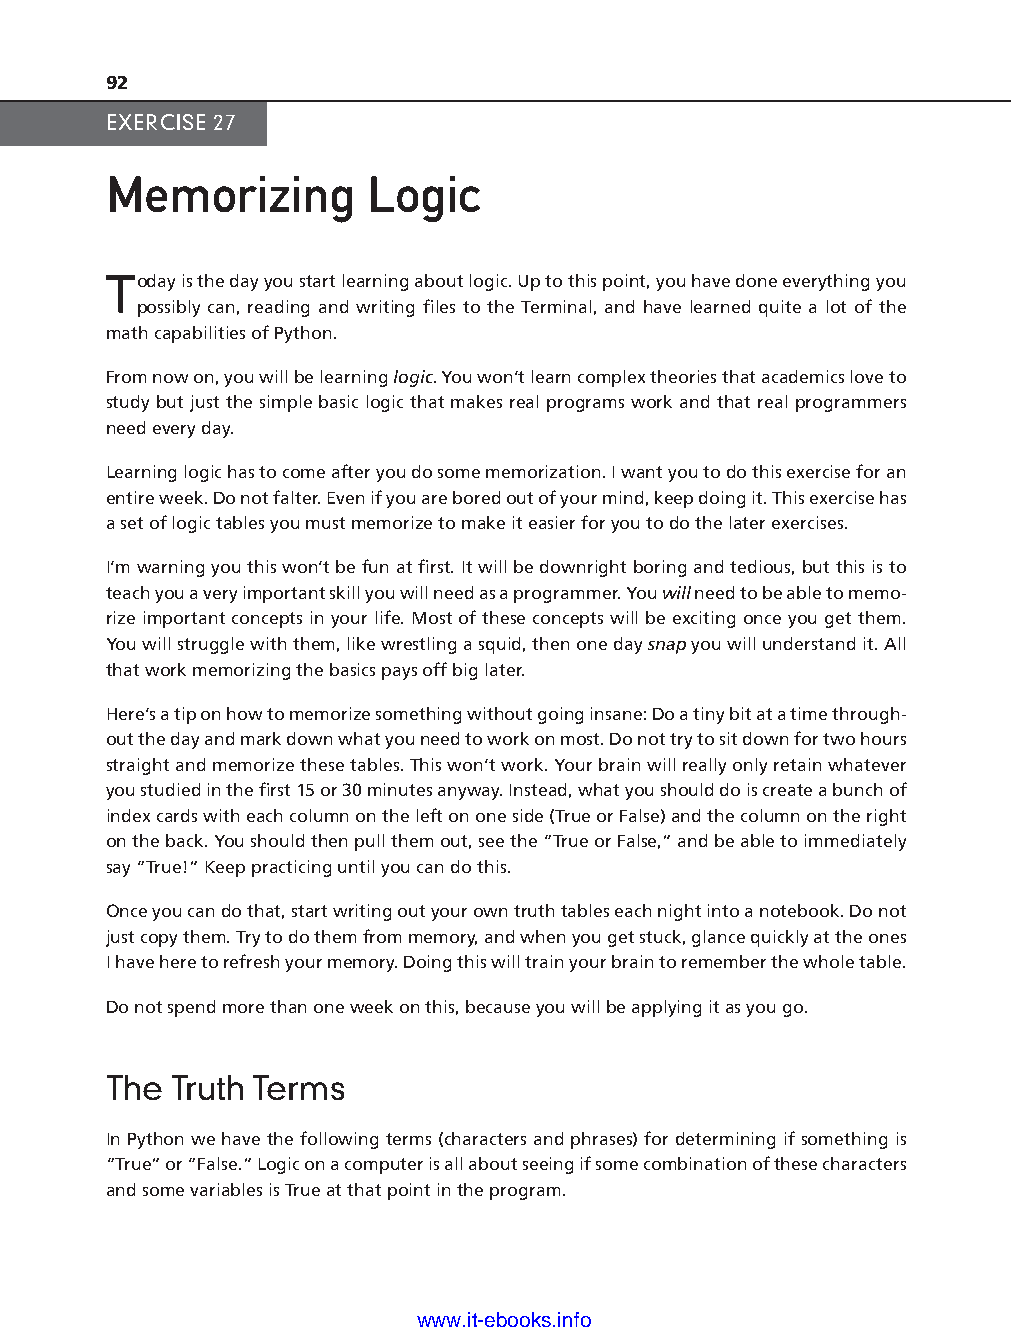
92
 EXERCISE 27
 Memorizing       Logic
 Today is the day you start learning about logic. Up to this point, you have done everything you
 possibly can, reading and writing fi les to the Terminal, and have learned quite a lot of the
 math capabilities of Python.
 From now on, you will be learning logic. You won’t learn complex theories that academics love to
 study but just the simple basic logic that makes real programs work and that real programmers
 need every day.
 Learning logic has to come after you do some memorization. I want you to do this exercise for an
 entire week. Do not falter. Even if you are bored out of your mind, keep doing it. This exercise has
 a set of logic tables you must memorize to make it easier for you to do the later exercises.
 I’m warning you this won’t be fun at fi rst. It will be downright boring and tedious, but this is to
 teach you a very important skill you will need as a programmer. You will need to be able to memo-
 rize important concepts in your life. Most of these concepts will be exciting once you get them.
 You will struggle with them, like wrestling a squid, then one day snap you will understand it. All
 that work memorizing the basics pays off big later.
 ptg11539604
 Here’s a tip on how to memorize something without going insane: Do a tiny bit at a time through-
 out the day and mark down what you need to work on most. Do not try to sit down for two hours
 straight and memorize these tables. This won’t work. Your brain will really only retain whatever
 you studied in the fi rst 15 or 30 minutes anyway. Instead, what you should do is create a bunch of
 index cards with each column on the left on one side (True or False) and the column on the right
 on the back. You should then pull them out, see the “True or False,” and be able to immediately
 say “True!” Keep practicing until you can do this.
 Once you can do that, start writing out your own truth tables each night into a notebook. Do not
 just copy them. Try to do them from memory, and when you get stuck, glance quickly at the ones
 I have here to refresh your memory. Doing this will train your brain to remember the whole table.
 Do not spend more than one week on this, because you will be applying it as you go.
 The Truth Terms
 In Python we have the following terms (characters and phrases) for determining if something is
 “True” or “False.” Logic on a computer is all about seeing if some combination of these characters
 and some variables is True at that point in the program.
 www.it-ebooks.info